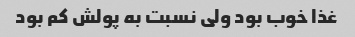
غذا خوب بود ولی نسبت به پولش کم بود